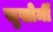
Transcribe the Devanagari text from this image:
सुखोर्मी